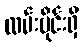
လမ်းပိုင်းရှိ